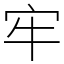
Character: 牢